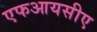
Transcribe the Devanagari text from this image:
एफआयसीए